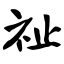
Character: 祉